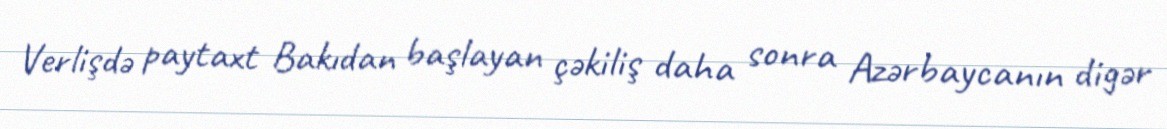
Verlişdə paytaxt Bakıdan başlayan çəkiliş daha sonra Azərbaycanın digər